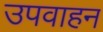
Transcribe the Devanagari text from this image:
उपवाहन